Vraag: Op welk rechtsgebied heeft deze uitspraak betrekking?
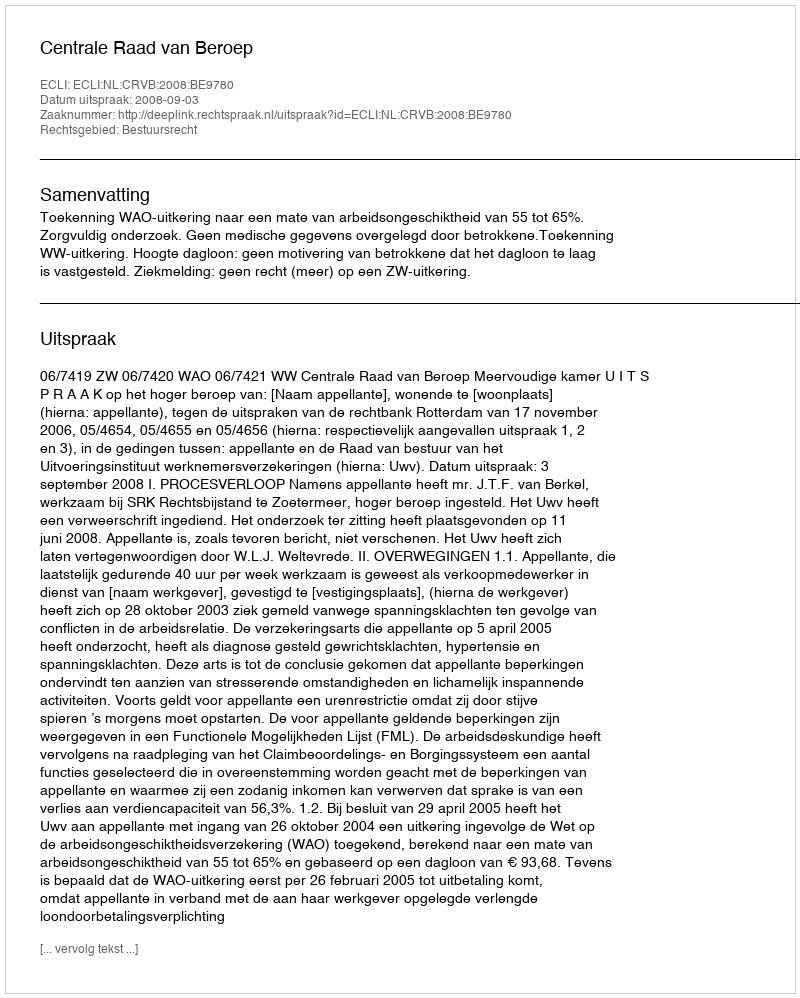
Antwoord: Bestuursrecht